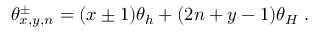
\theta _ { x , y , n } ^ { \pm } = ( x \pm 1 ) \theta _ { h } + ( 2 n + y - 1 ) \theta _ { H } \; .